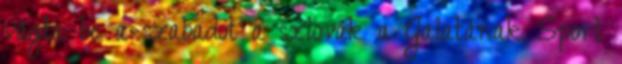
vágta be a szabadot a szlovák a Galatának Sport